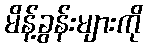
မိန့်ခွန်းများကို